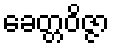
ခေတ္တဝိဇ္ဇာ